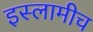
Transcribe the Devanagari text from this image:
इस्लामीच